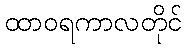
ထာဝရကာလတိုင်